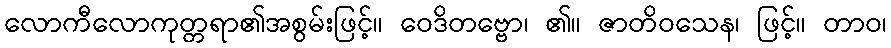
လောကီလောကုတ္တရာ၏အစွမ်းဖြင့်။ ဝေဒိတဗ္ဗော၊ ၏။ ဇာတိဝသေန၊ ဖြင့်။ တာဝ၊